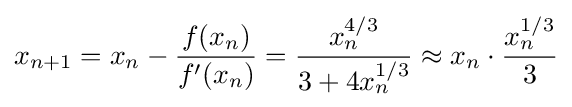
x_{n+1}=x_{n}-{\frac {f(x_{n})}{f'(x_{n})}}={\frac {x_{n}^{4/3}}{3+4x_{n}^{1/3}}}\approx x_{n}\cdot {\frac {x_{n}^{1/3}}{3}}